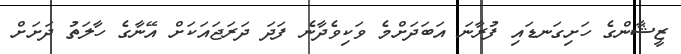
ޒީޝާންގެ ހަށިގަނޑައި ފުރާނަ އަބަދަށްމެ ވަކިވެދާނެ ފަދަ ދަރަޖައަކަށް އޭނާގެ ހާލަތު ދަށަށް